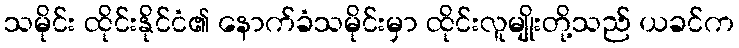
သမိုင်း ထိုင်းနိုင်ငံ၏ နောက်ခံသမိုင်းမှာ ထိုင်းလူမျိုးတို့သည် ယခင်က